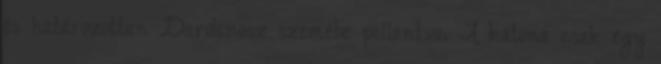
és határozottan Dardanosz szemébe pillantva. A katona csak egy